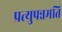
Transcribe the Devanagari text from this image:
प्रत्युपन्नमति